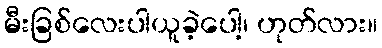
မီးခြစ်လေးပါယူခဲ့ပေါ့၊ ဟုတ်လား။